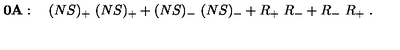
{ \bf 0 A } : \quad ( N S ) _ { + } \ ( N S ) _ { + } + ( N S ) _ { - } \ ( N S ) _ { - } + R _ { + } \ R _ { - } + R _ { - } \ R _ { + } \ .